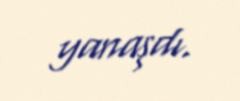
yanaşdı.